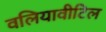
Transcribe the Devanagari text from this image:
वलियावीटिल